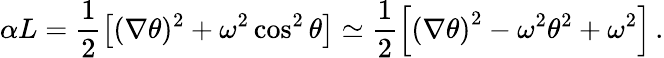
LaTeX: \alpha L=\frac{1}{2}\left[(\nabla\theta)^{2}+\omega^{2}\cos^{2}\theta\right]\simeq\frac{1}{2}\left[\left(\nabla\theta\right)^{2}-\omega^{2}\theta^{2}+\omega^{2}\right]\, .